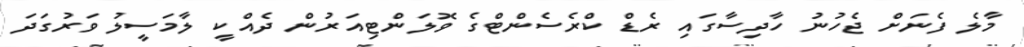
މާލެ ފެނަށް ޖެހުނު ހާދިސާގައި ރެޑް ކްރެސެންޓްގެ ވޮލަންޓިއަރުން ދެއްކީ ލާމަސީލު ވަރުގަދަ